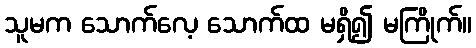
သူမက သောက်လေ့ သောက်ထ မရှိ၍ မကြိုက်။